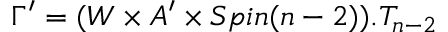
\Gamma ^ { \prime } = ( W \times A ^ { \prime } \times S p i n ( n - 2 ) ) . T _ { n - 2 }